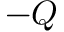
- Q